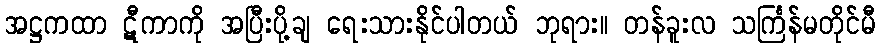
အဋ္ဌကထာ ဋီကာကို အပြီးပို့ချ ရေးသားနိုင်ပါတယ် ဘုရား။ တန်ခူးလ သင်္ကြန်မတိုင်မီ